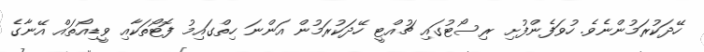
ހޭދަކުރަމުންނެވެ. ހުވަފެންފުށި ރިސޯޓުގައި ޗުއްޓީ ހޭދަކުރަމުން އަންނަ ހިތްގައިމު ފޮޓޯތަކާއި ވީޑިއޯތައް އޭނާގެ